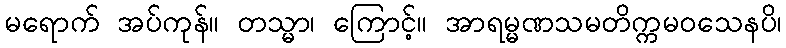
မရောက် အပ်ကုန်။ တသ္မာ၊ ကြောင့်။ အာရမ္မဏသမတိက္ကမဝသေနပိ၊